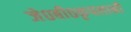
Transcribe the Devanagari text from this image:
जे०बी०कृपलानी